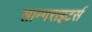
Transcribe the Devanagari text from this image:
सान्गराइटर्स